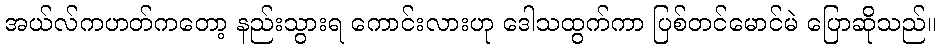
အယ်လ်ကဟတ်ကတော့ နည်းသွားရ ကောင်းလားဟု ဒေါသထွက်ကာ ပြစ်တင်မောင်မဲ ပြောဆိုသည်။